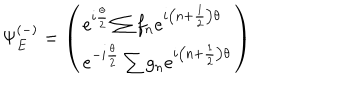
\Psi _ { E } ^ { ( - ) } = \left( \begin{array} { l } { { e ^ { i \frac { \theta } { 2 } } \sum f _ { n } e ^ { i \left( n + \frac { 1 } { 2 } \right) \theta } } } \\ { { e ^ { - i \frac { \theta } { 2 } } \sum g _ { n } e ^ { i \left( n + \frac { 1 } { 2 } \right) \theta } } } \\ \end{array} \right)